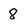
Character: 8